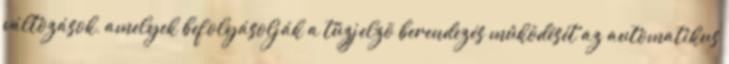
változások, amelyek befolyásolják a tûzjelzõ berendezés mûködését az automatikus